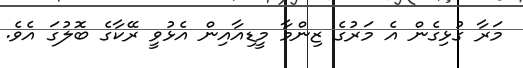
މަރާ ގުޅިގެން އެ މަރުގެ ޒިންމާ މީޑިއާއިން އެޅުވީ ރޭކާގެ ބޮލުގަ އެވެ.